Newspaper: The true northerner. [volume]
Place of publication: Paw Paw, Mich.
Publisher: John B. Butler
Date: 1875-05-14 00:00:00
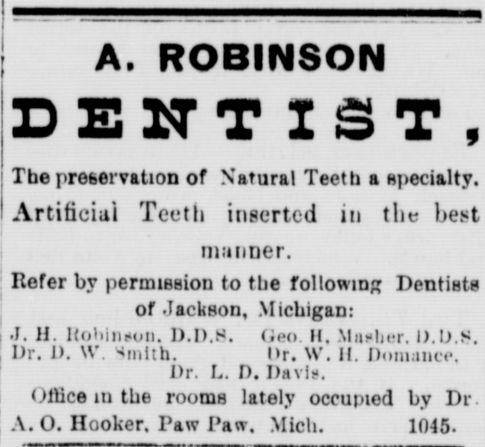
Advertisement text (OCR):
A. ROBINSON T. TT TT T IT" MMOT ok W i The preservation of Natural Teeth a specialty. Artificial Teeth inserted in tha est manoor, Refer by permission to the following Dentin! of JaobaOB, Michigan: J. H. Rohlnsaa, D.D.0. o-n n. lUsbsr, D.b.8. Dr. 1). w u.lth. ir. W. H. Domsacs, Dr. L D. Drtxi;-. 086M IO tbt rooms lately occupied by Hi A. O. Hooker. Paw Pan. Mieh. 11)45.
Label: text-only